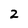
Character: 2